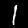
Digit: 1